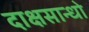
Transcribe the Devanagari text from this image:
दाक्षसान्धो